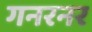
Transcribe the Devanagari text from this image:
गनरनर